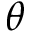
\theta